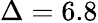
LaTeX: \Delta=6.8